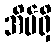
အိမ်ရှိ